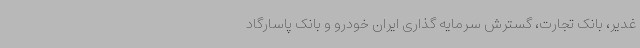
غدیر، بانک تجارت، گسترش سرمایه‌ گذاری ایران خودرو و بانک پاسارگاد